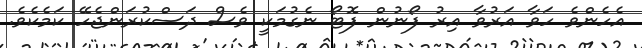
އެހެންވެ ހަވާ އަރުވާ އިރު ފޯނުން ފޮޓޯ ނެގުމަކީ ވެސް ދަސްކުރަންޖެހޭ ކަމެކެވެ.